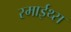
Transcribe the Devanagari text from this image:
स्माईथ्स